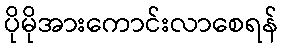
ပိုမိုအားကောင်းလာစေရန်